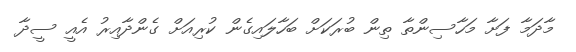
މާދަމާ ފަށާ މަހާސިންތާ ތިން ބުރަކަށް ބަހާލައިގެން ކުރިއަށް ގެންދާއިރު އެއީ ސީދާ